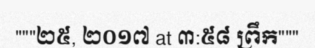
"""២៥, ២០១៧ at ៣:៥៨ ព្រឹក"""